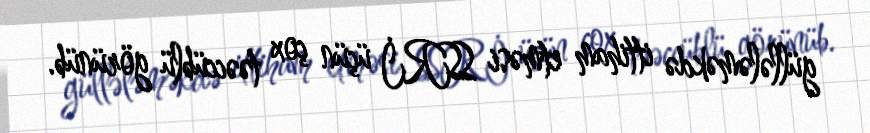
güllələməkdə ittiham etməsi SSRİ üçün çox təəccüblü görünüb.